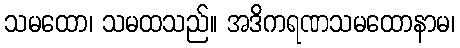
သမထော၊ သမထသည်။ အဒိကရဏသမထောနာမ၊